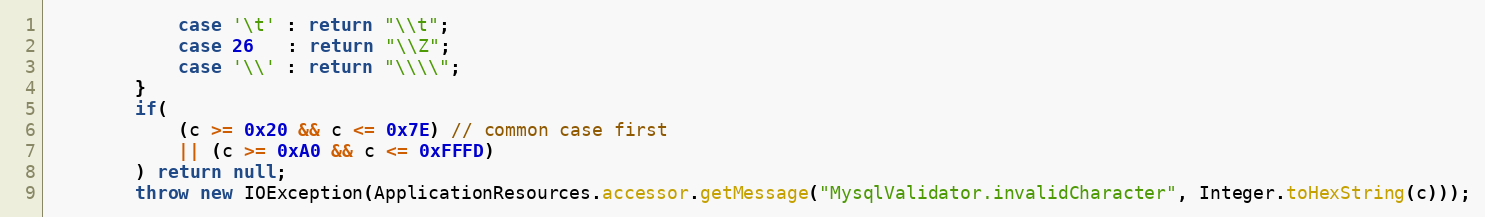
Language: Java
			case '\t' : return "\\t";
			case 26   : return "\\Z";
			case '\\' : return "\\\\";
		}
		if(
			(c >= 0x20 && c <= 0x7E) // common case first
			|| (c >= 0xA0 && c <= 0xFFFD)
		) return null;
		throw new IOException(ApplicationResources.accessor.getMessage("MysqlValidator.invalidCharacter", Integer.toHexString(c)));